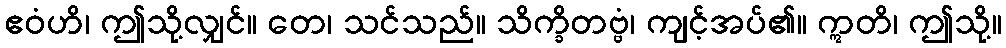
ဧဝံဟိ၊ ဤသို့လျှင်။ တေ၊ သင်သည်။ သိက္ခိတဗ္ဗံ၊ ကျင့်အပ်၏။ ဣတိ၊ ဤသို့။